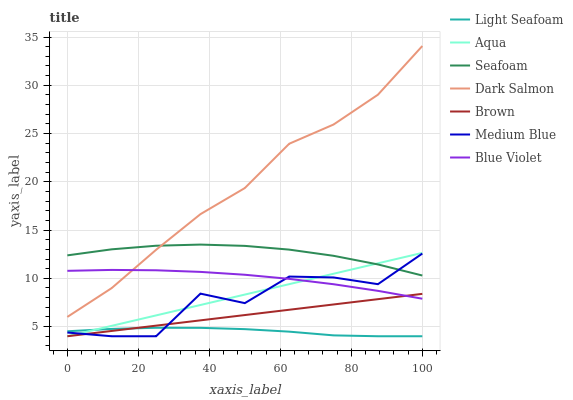
| xaxis_label | Light Seafoam | Aqua | Seafoam | Dark Salmon | Brown | Medium Blue | Blue Violet |
 | --- | --- | --- | --- | --- | --- | --- | --- |
 | 0 | 4.52 | 4 | 12.4 | 6 | 4 | 4.38 | 10.8 |
 | 12.5 | 4.76 | 5.08 | 13 | 8.99 | 4.55 | 4 | 10.9 |
 | 25 | 4.88 | 6.16 | 13.4 | 13 | 5.1 | 4 | 10.8 |
 | 37.5 | 4.87 | 7.24 | 13.5 | 16.6 | 5.65 | 8.42 | 10.7 |
 | 50 | 4.74 | 8.32 | 13.4 | 19.4 | 6.2 | 7.43 | 10.4 |
 | 62.5 | 4.48 | 9.4 | 13 | 23.9 | 6.74 | 10.2 | 9.95 |
 | 75 | 4.09 | 10.5 | 12.3 | 25.9 | 7.29 | 10.1 | 9.39 |
 | 87.5 | 4 | 11.6 | 11.4 | 29 | 7.84 | 9.39 | 8.7 |
 | 100 | 4 | 12.6 | 10.3 | 34.1 | 8.39 | 12.6 | 7.89 |